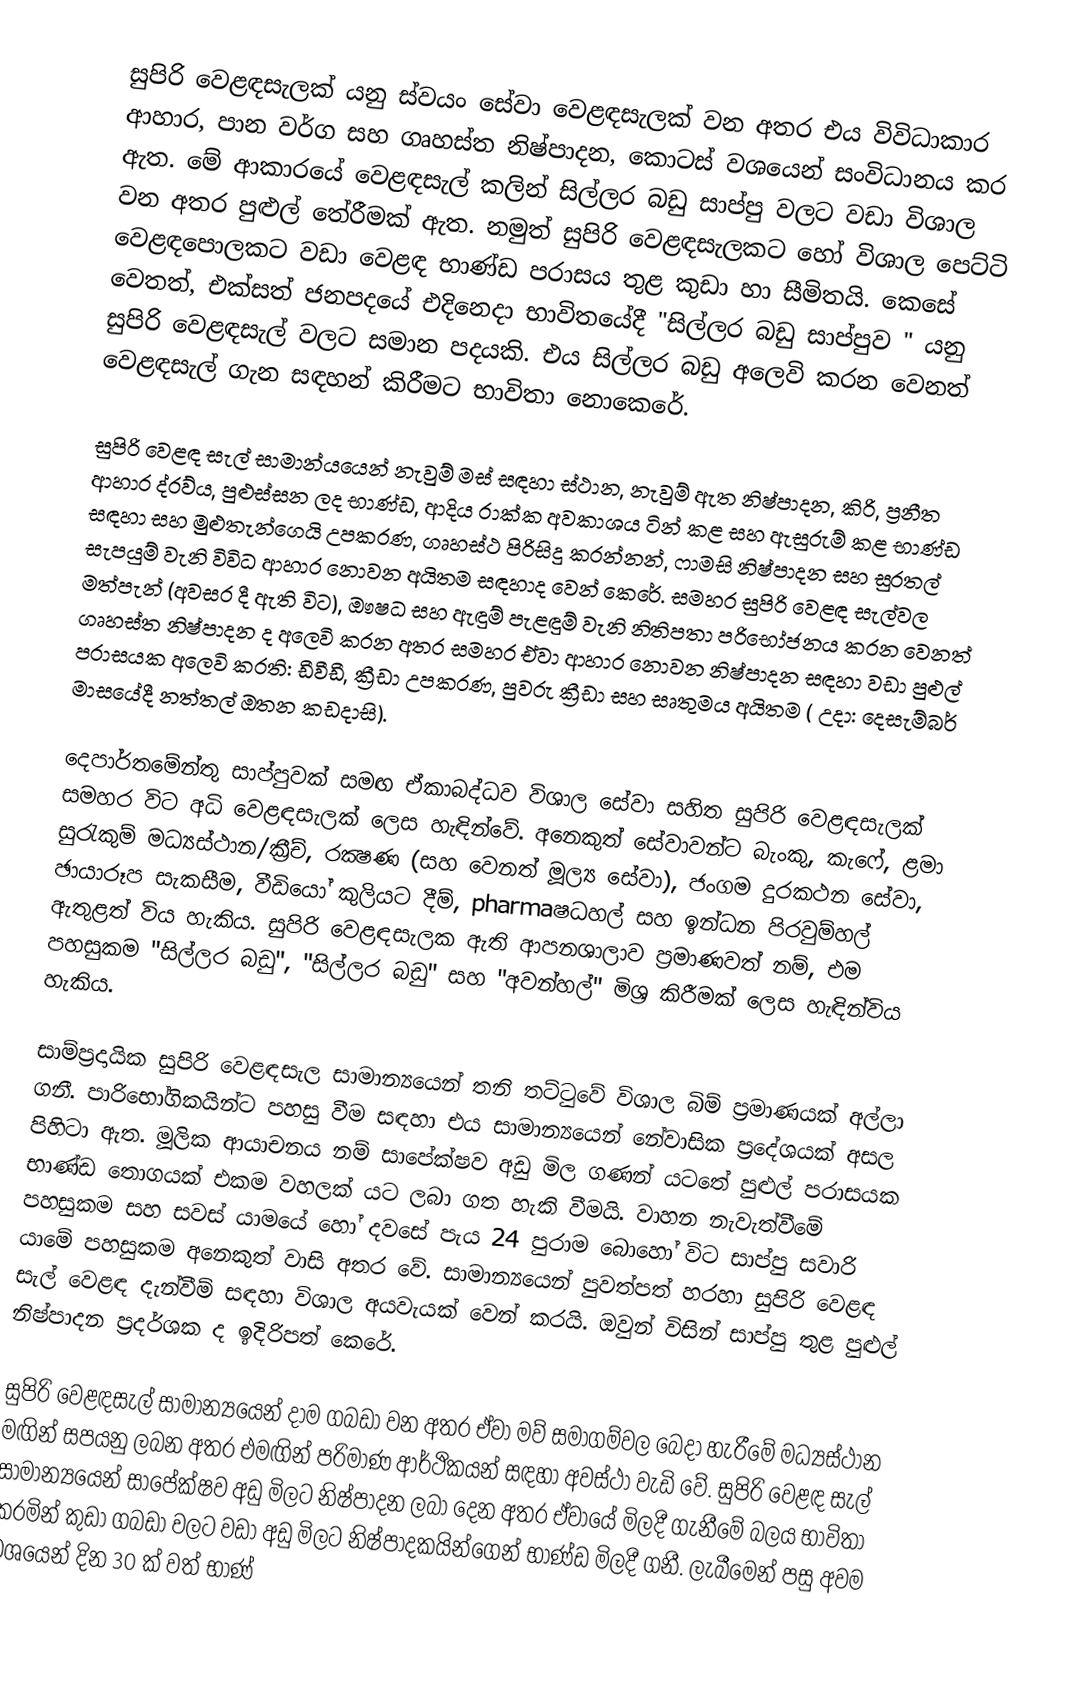
සුපිරි වෙළඳසැලක් යනු ස්වයං සේවා වෙළඳසැලක් වන අතර එය විවිධාකාර ආහාර, පාන වර්ග සහ ගෘහස්ත නිෂ්පාදන, කොටස් වශයෙන් සංවිධානය කර ඇත. මේ ආකාරයේ වෙළඳසැල් කලින් සිල්ලර බඩු සාප්පු වලට වඩා විශාල වන අතර පුළුල් තේරීමක් ඇත. නමුත් සුපිරි වෙළඳසැලකට හෝ විශාල පෙට්ටි වෙළඳපොලකට වඩා වෙළඳ භාණ්ඩ පරාසය තුළ කුඩා හා සීමිතයි. කෙසේ වෙතත්, එක්සත් ජනපදයේ එදිනෙදා භාවිතයේදී "සිල්ලර බඩු සාප්පුව " යනු සුපිරි වෙළඳසැල් වලට සමාන පදයකි. එය සිල්ලර බඩු අලෙවි කරන වෙනත් වෙළඳසැල් ගැන සඳහන් කිරීමට භාවිතා නොකෙරේ.

සුපිරි වෙළඳ සැල් සාමාන්යයෙන් නැවුම් මස් සඳහා ස්ථාන, නැවුම් ඇත නිෂ්පාදන, කිරි, ප්‍රනීත ආහාර ද්රව්ය, පුළුස්සන ලද භාණ්ඩ, ආදිය රාක්ක අවකාශය ටින් කළ සහ ඇසුරුම් කළ භාණ්ඩ සඳහා සහ මුළුතැන්ගෙයි උපකරණ, ගෘහස්ථ පිරිසිදු කරන්නන්, ෆාමසි නිෂ්පාදන සහ සුරතල් සැපයුම් වැනි විවිධ ආහාර නොවන අයිතම සඳහාද වෙන් කෙරේ. සමහර සුපිරි වෙළඳ සැල්වල මත්පැන් (අවසර දී ඇති විට), ඖෂධ සහ ඇඳුම් පැළඳුම් වැනි නිතිපතා පරිභෝජනය කරන වෙනත් ගෘහස්ත නිෂ්පාදන ද අලෙවි කරන අතර සමහර ඒවා ආහාර නොවන නිෂ්පාදන සඳහා වඩා පුළුල් පරාසයක අලෙවි කරති: ඩීවීඩී, ක්‍රීඩා උපකරණ, පුවරු ක්‍රීඩා සහ සෘතුමය අයිතම ( උදා: දෙසැම්බර් මාසයේදී නත්තල් ඔතන කඩදාසි).

දෙපාර්තමේන්තු සාප්පුවක් සමඟ ඒකාබද්ධව විශාල සේවා සහිත සුපිරි වෙළඳසැලක් සමහර විට අධි වෙළඳසැලක් ලෙස හැඳින්වේ. අනෙකුත් සේවාවන්ට බැංකු, කැෆේ, ළමා සුරැකුම් මධ්‍යස්ථාන/ක්‍රීච්, රක්‍ෂණ (සහ වෙනත් මූල්‍ය සේවා), ජංගම දුරකථන සේවා, ඡායාරූප සැකසීම, වීඩියෝ කුලියට දීම්, pharmaෂධහල් සහ ඉන්ධන පිරවුම්හල් ඇතුළත් විය හැකිය. සුපිරි වෙළඳසැලක ඇති ආපනශාලාව ප්‍රමාණවත් නම්, එම පහසුකම "සිල්ලර බඩු", "සිල්ලර බඩු" සහ "අවන්හල්" මිශ්‍ර කිරීමක් ලෙස හැඳින්විය හැකිය.

සාම්ප්‍රදායික සුපිරි වෙළඳසැල සාමාන්‍යයෙන් තනි තට්ටුවේ විශාල බිම් ප්‍රමාණයක් අල්ලා ගනී. පාරිභෝගිකයින්ට පහසු වීම සඳහා එය සාමාන්‍යයෙන් නේවාසික ප්‍රදේශයක් අසල පිහිටා ඇත. මූලික ආයාචනය නම් සාපේක්ෂව අඩු මිල ගණන් යටතේ පුළුල් පරාසයක භාණ්ඩ තොගයක් එකම වහලක් යට ලබා ගත හැකි වීමයි. වාහන නැවැත්වීමේ පහසුකම සහ සවස් යාමයේ හෝ දවසේ පැය 24 පුරාම බොහෝ විට සාප්පු සවාරි යාමේ පහසුකම අනෙකුත් වාසි අතර වේ. සාමාන්‍යයෙන් පුවත්පත් හරහා සුපිරි වෙළඳ සැල් වෙළඳ දැන්වීම් සඳහා විශාල අයවැයක් වෙන් කරයි. ඔවුන් විසින් සාප්පු තුළ පුළුල් නිෂ්පාදන ප්‍රදර්ශක ද ඉදිරිපත් කෙරේ.

සුපිරි වෙළඳසැල් සාමාන්‍යයෙන් දාම ගබඩා වන අතර ඒවා මව් සමාගම්වල බෙදා හැරීමේ මධ්‍යස්ථාන මඟින් සපයනු ලබන අතර එමඟින් පරිමාණ ආර්ථිකයන් සඳහා අවස්ථා වැඩි වේ. සුපිරි වෙළඳ සැල් සාමාන්‍යයෙන් සාපේක්ෂව අඩු මිලට නිෂ්පාදන ලබා දෙන අතර ඒවායේ මිලදී ගැනීමේ බලය භාවිතා කරමින් කුඩා ගබඩා වලට වඩා අඩු මිලට නිෂ්පාදකයින්ගෙන් භාණ්ඩ මිලදී ගනී. ලැබීමෙන් පසු අවම වශයෙන් දින 30 ක් වත් භාණ්